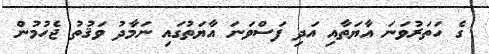
ގެ ހަތަރުވަނަ އާޔަތާއި އަދި ފަސްވަނަ އާޔަތުގައި ނަމާދު ވަޤުތު ޖެހުމުން